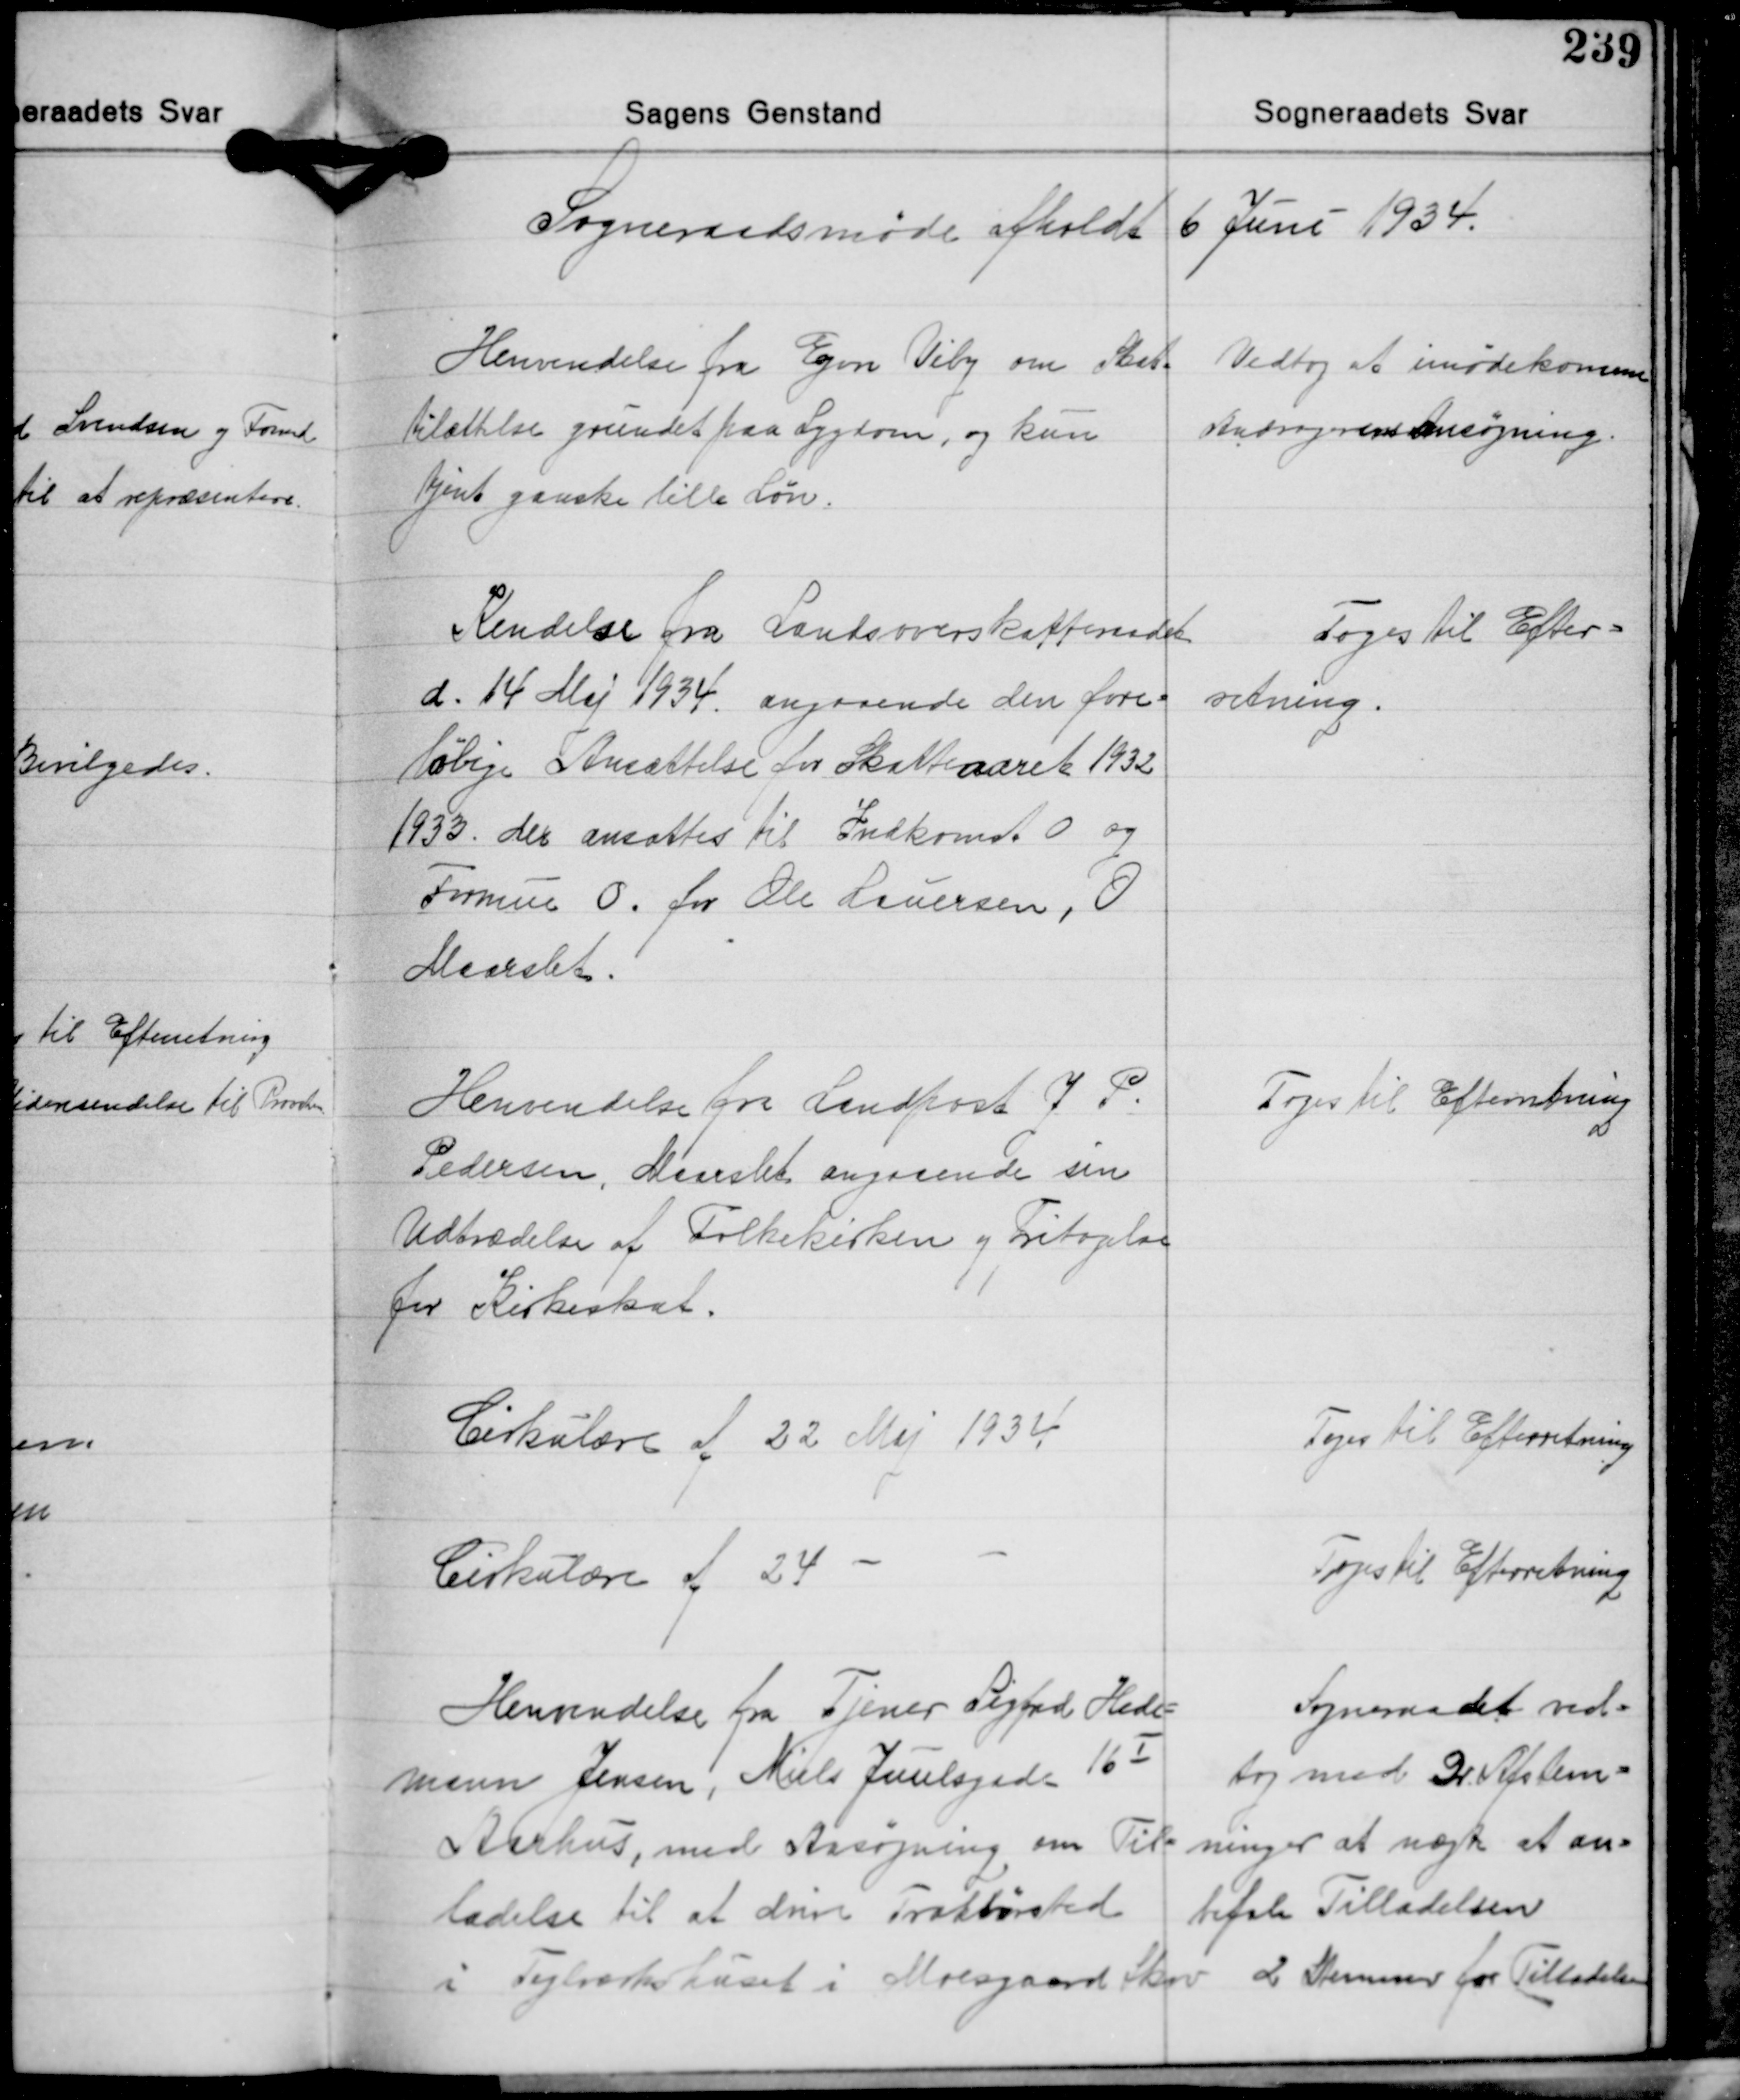
Transskription:
Sogneraadsmøde afholdt 6 Juni 1934.

Henvendelse fra Egon Viby om Skat-
telettelse grundet paa Sygdom, og kun
tjent ganske lille Løn.

Vedtog at imødekomme
Andragerens Ansøgning

Kendelse fra Landsoverskatteraadet
d. 14 Maj 1934 angaaende den fore-
løbige Ansættelse for Skatteaaret 1932
1933. Der ansættes til Indkomst O og
Formue O. for Ole Lauersen, O
Maarslet.

Toges til Efter-
retning.

Henvendelse fra Landpost J. P.
Pedersen, Maarslet angaaende sin
Udtrædelse af Folkekirken og Fritaglse
for Kirkeskat.

Toges til Efterretning

Cirkulære af 22 Maj 1934

Toges til Efterretning

Cirkulære af 24 - -

Toges til Efterretning

Henvendelse fra Tjener Sigfred Hede-
mann Jensen, Niels Juulsgade 16Ⅰ
Aarhus, med Ansøgning om Til-
ladelse til at drive Traktørsted

Sogneraadet ved-
tog med 2 Afstem-
ninger at nægte at an-
befale Tilladelsen

i Teglværkshuset i Moesgaard Skov

2 Stemmer for Tilladelsen